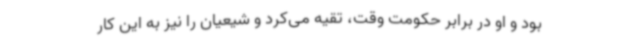
بود و او در برابر حکومت وقت، تقیه می‌کرد و شیعیان را نیز به این کار